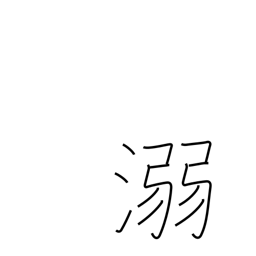
Meaning: drown